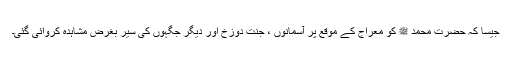
جیسا کہ حضرت محمد ﷺ کو معراج کے موقع پر آسمانوں ، جنت دوزخ اور دیگر جگہوں کی سیر بغرض مشاہدہ کروائی گئی۔